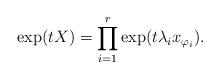
LaTeX: \begin{align*}\exp(tX)=\prod_{i=1}^r\exp (t\lambda_{i}x_{{\varphi_i}}).\end{align*}